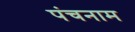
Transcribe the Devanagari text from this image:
पंचनाम